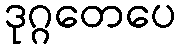
ဒုဂ္ဂတေပေ